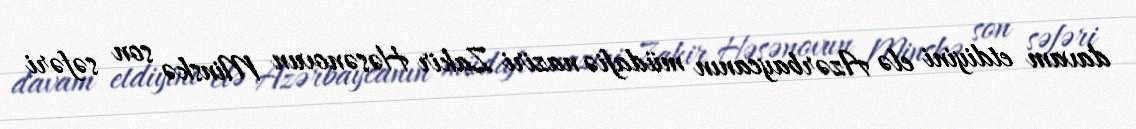
davam etdiyini elə Azərbaycanın müdafiə naziri Zakir Həsənovun Minskə son səfəri